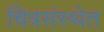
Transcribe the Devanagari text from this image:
चित्रसंस्थेत